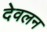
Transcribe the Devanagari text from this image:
देवलन